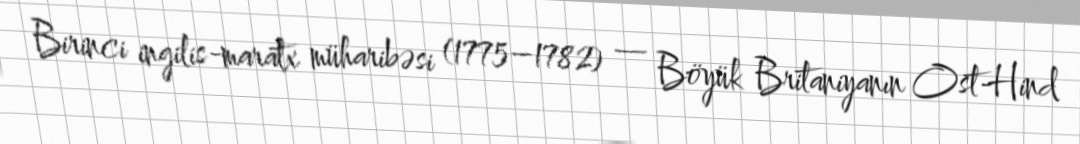
Birinci ingilis-maratx müharibəsi (1775–1782) — Böyük Britaniyanın Ost-Hind